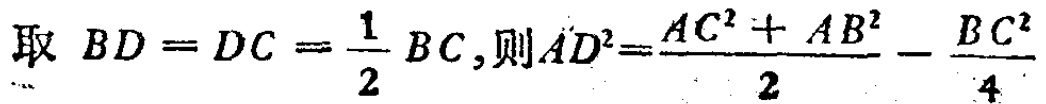
取 \(BD = DC = \frac{1}{2}BC\),则 \(AD^{2}=\frac{AC^{2} + AB^{2}}{2} - \frac{BC^{2}}{4}\)